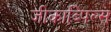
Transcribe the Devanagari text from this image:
जीकाब्पिल्स